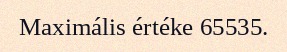
Maximális értéke 65535.